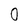
Character: 0